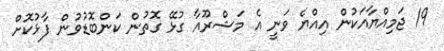
19 ޖަމިއްޔާއަކުން އިއްޔެ ވަނީ އެ މަޝްރޫއާ ގުޅޭ ގޮތުން ކަންބޮޑުވުން ފާޅުކޮށް